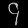
Digit: ၄